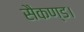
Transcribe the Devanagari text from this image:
सैकण्ड।